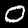
Label: 0